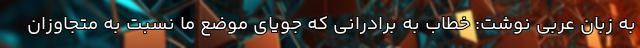
به زبان عربی نوشت: خطاب به برادرانی که جویای موضع ما نسبت به متجاوزان